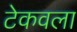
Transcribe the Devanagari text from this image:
टेकवला